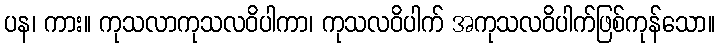
ပန၊ ကား။ ကုသလာကုသလဝိပါကာ၊ ကုသလဝိပါက် အကုသလဝိပါက်ဖြစ်ကုန်သော။